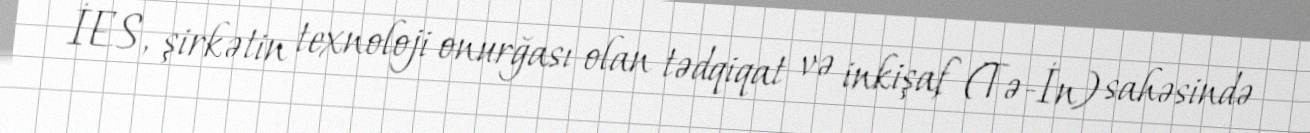
İES, şirkətin texnoloji onurğası olan tədqiqat və inkişaf (Tə-İn) sahəsində